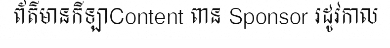
ព័ត៌មានកីឡាContent ពាន Sponsor រដូវកាល